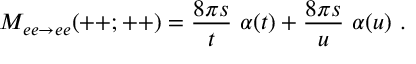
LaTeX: { \cal M } _ { e e \rightarrow e e } ( + + ; + + ) = { \frac { 8 \pi s } { t } } \ \alpha ( t ) + { \frac { 8 \pi s } { u } } \ \alpha ( u ) \ .